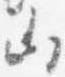
山